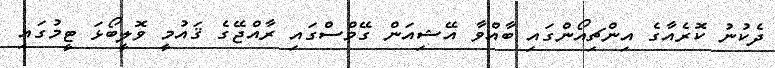
ދެކުނު ކޮރެއާގެ އިންޗިއޯންގައި ބާއްވާ އޭޝިއަން ގޭމްސްގައި ރާއްޖޭގެ ޤައުމީ ވޮލީބޯޅަ ޓީމުގައި